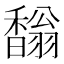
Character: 𩡓